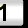
Digit: 1